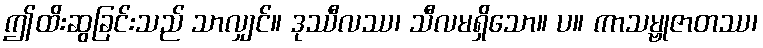
ဤထိးဆွခြင်းသည် သာလျှင်။ ဒုဿီလဿ၊ သီလမရှိသော။ ပ။ ကာသမ္ဗုဇာတဿ၊